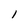
Character: 1